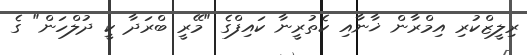
ރިލީޒްކުރި އިމްރާން ޚާނާއި ކެތުރީނާ ކައިފްގެ "މޭރީ ބްރަދާ ކީ ދުލްހަން" ގެ